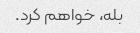
بله، خواهم کرد.